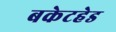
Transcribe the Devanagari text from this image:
बकेटहेड